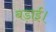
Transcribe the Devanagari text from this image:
बड़ाई।